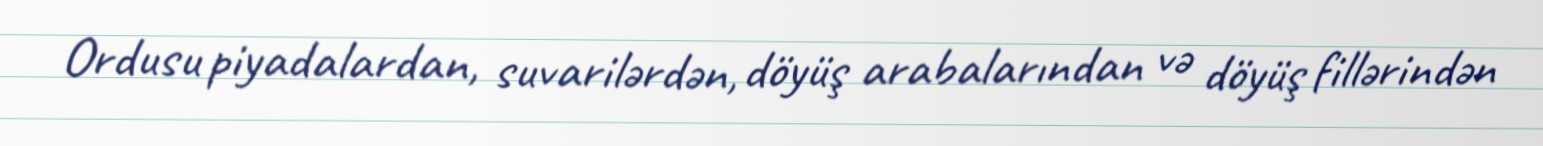
Ordusu piyadalardan, suvarilərdən, döyüş arabalarından və döyüş fillərindən